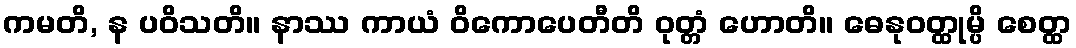
ကမတိ, န ပဝိသတိ။ နာဿ ကာယံ ဝိကောပေတီတိ ဝုတ္တံ ဟောတိ။ ဓေနုဝတ္ထုမ္ပိ စေတ္ထ